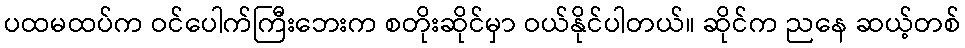
ပထမထပ်က ဝင်ပေါက်ကြီးဘေးက စတိုးဆိုင်မှာ ဝယ်နိုင်ပါတယ်။ ဆိုင်က ညနေ ဆယ့်တစ်